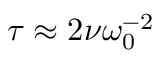
\tau \approx 2 \nu \omega _ { 0 } ^ { - 2 }